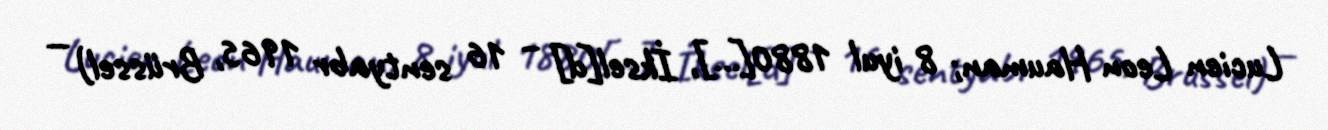
Lucien Leon Hauman; 8 iyul 1880[…], İksel[d] – 16 sentyabr 1965, Brüssel) —